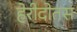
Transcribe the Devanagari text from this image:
हेरीदोतस